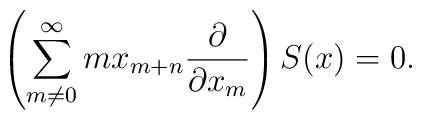
\left(    \sum_{m\neq 0}^\infty {m x_{m+n}{\partial\over\partial x_m }}\right) S(x)=0.